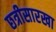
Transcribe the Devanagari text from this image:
छत्रीसारखा